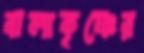
বালাকৃষ্ণের